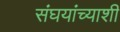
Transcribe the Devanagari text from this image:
संघयांच्याशी